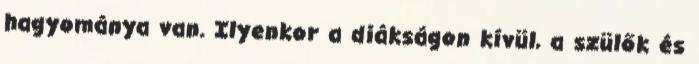
hagyománya van. Ilyenkor a diákságon kívül, a szülők és